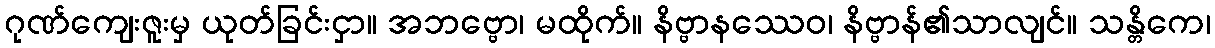
ဂုဏ်ကျေးဇူးမှ ယုတ်ခြင်းငှာ။ အဘဗ္ဗော၊ မထိုက်။ နိဗ္ဗာနဿေဝ၊ နိဗ္ဗာန်၏သာလျင်။ သန္တိကေ၊